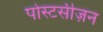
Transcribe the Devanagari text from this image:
पोस्टसीज़न